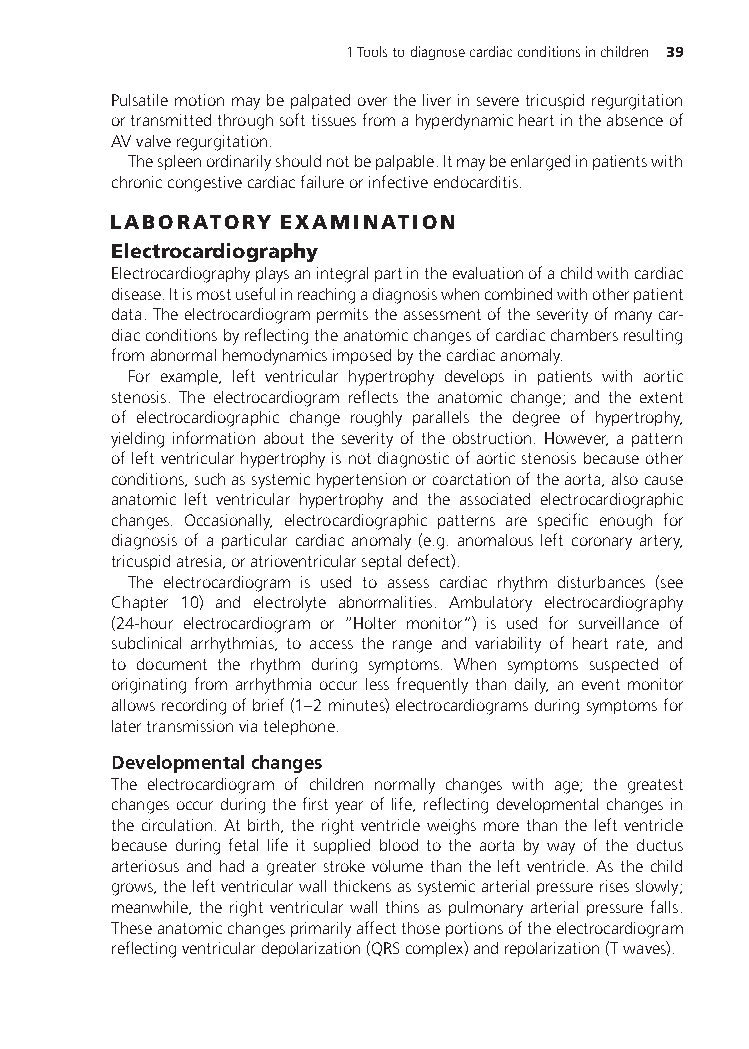
1Toolstodiagnosecardiacconditionsinchildren 39
 Pulsatilemotionmaybepalpatedovertheliverinseveretricuspidregurgitation
 ortransmittedthroughsofttissuesfromahyperdynamicheartintheabsenceof
 AVvalveregurgitation.
 Thespleenordinarilyshouldnotbepalpable.Itmaybeenlargedinpatientswith
 chroniccongestivecardiacfailureorinfectiveendocarditis.
 LABORATORY EXAMINATION
 Electrocardiography
 Electrocardiographyplaysanintegralpartintheevaluationofachildwithcardiac
 disease.Itismostusefulinreachingadiagnosiswhencombinedwithotherpatient
 data.Theelectrocardiogrampermitstheassessmentoftheseverityofmanycar-
 diacconditionsbyreflectingtheanatomicchangesofcardiacchambersresulting
 fromabnormalhemodynamicsimposedbythecardiacanomaly.
 For example, left ventricular hypertrophy develops in patients with aortic
 stenosis. The electrocardiogram reflects the anatomic change; and the extent
 of electrocardiographic change roughly parallels the degree of hypertrophy,
 yielding information about the severity of the obstruction. However, a pattern
 ofleftventricularhypertrophyisnotdiagnosticofaorticstenosisbecauseother
 conditions,suchassystemichypertensionorcoarctationoftheaorta,alsocause
 anatomic left ventricular hypertrophy and the associated electrocardiographic
 changes. Occasionally, electrocardiographic patterns are specific enough for
 diagnosis of a particular cardiac anomaly (e.g. anomalous left coronary artery,
 tricuspidatresia,oratrioventricularseptaldefect).
 The electrocardiogram is used to assess cardiac rhythm disturbances (see
 Chapter 10) and electrolyte abnormalities. Ambulatory electrocardiography
 (24-hour electrocardiogram or “Holter monitor”) is used for surveillance of
 subclinical arrhythmias, to access the range and variability of heart rate, and
 to document the rhythm during symptoms. When symptoms suspected of
 originating from arrhythmia occur less frequently than daily, an event monitor
 allowsrecordingofbrief(1–2minutes)electrocardiogramsduringsymptomsfor
 latertransmissionviatelephone.
 Developmentalchanges
 The electrocardiogram of children normally changes with age; the greatest
 changesoccurduringthefirstyearoflife,reflectingdevelopmentalchangesin
 the circulation. At birth, the right ventricle weighs more than the left ventricle
 because during fetal life it supplied blood to the aorta by way of the ductus
 arteriosusandhadagreaterstrokevolumethantheleftventricle.Asthechild
 grows,theleftventricularwallthickensassystemicarterialpressurerisesslowly;
 meanwhile, the right ventricular wall thins as pulmonary arterial pressure falls.
 Theseanatomicchangesprimarilyaffectthoseportionsoftheelectrocardiogram
 reflectingventriculardepolarization(QRScomplex)andrepolarization(Twaves).